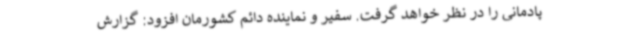
پادمانی را در نظر خواهد گرفت. سفیر و نماینده دائم کشورمان افزود: گزارش